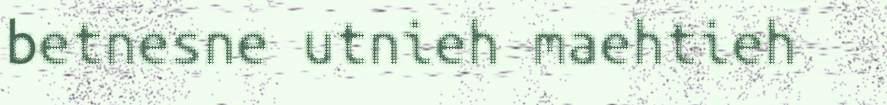
betnesne utnieh maehtieh